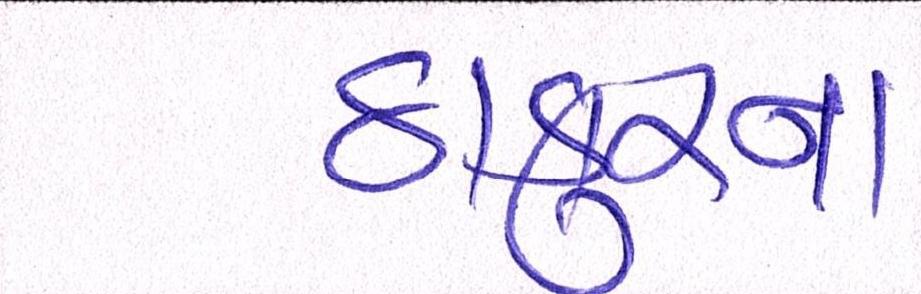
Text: ઠાકુરનાં